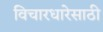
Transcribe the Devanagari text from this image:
विचारधारेसाठी